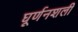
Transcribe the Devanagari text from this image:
घूर्णनशली